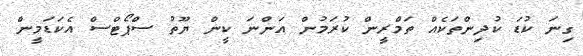
ގިނަ ކުޑަ ކުދިންތަކެއް ތަމްރީން ކުރަމުން އަންނަ ކީން ޔޫތު ސްޕޯޓްސް އެކަޑަމީން